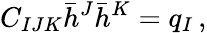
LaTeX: C_{IJK}\bar{h}^{J}\bar{h}^{K}=q_{I}\, ,